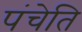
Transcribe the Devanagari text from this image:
पंचेति